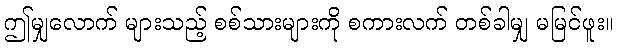
ဤမျှလောက် များသည့် စစ်သားများကို စကားလက် တစ်ခါမျှ မမြင်ဖူး။